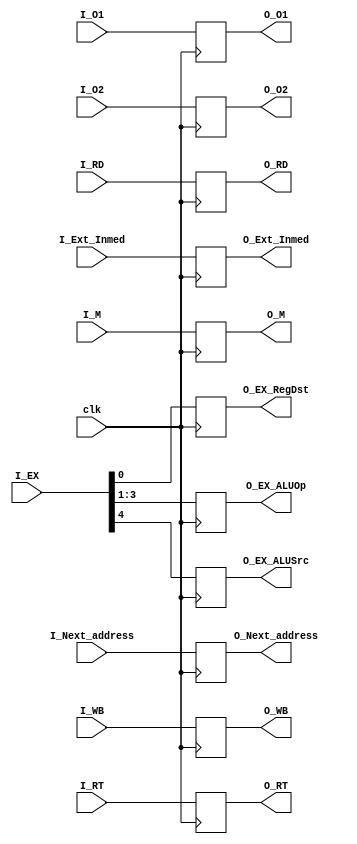
//BUFFER 2: ID/EX
module IDEX(
input clk,
input [1:0]I_WB,
input [2:0]I_M,
input [4:0]I_EX,
input [31:0]I_Next_address,
input [31:0]I_O1,
input [31:0]I_O2,
input [31:0]I_Ext_Inmed,
input [4:0]I_RT,
input [4:0]I_RD,
output reg [1:0]O_WB,
output reg [2:0]O_M,
output reg O_EX_RegDst,
output reg [2:0]O_EX_ALUOp,
output reg O_EX_ALUSrc,
output reg [31:0]O_Next_address,
output reg [31:0]O_O1,
output reg [31:0]O_O2,
output reg [31:0]O_Ext_Inmed,
output reg [4:0]O_RT,
output reg [4:0]O_RD);

always @(posedge clk)
begin
	O_WB=I_WB;
	O_M=I_M;
	O_EX_RegDst=I_EX[0];
	O_EX_ALUOp=I_EX[3:1];
	O_EX_ALUSrc=I_EX[4];
	O_Next_address=I_Next_address;
	O_O1=I_O1;
	O_O2=I_O2;
	O_Ext_Inmed=I_Ext_Inmed;
	O_RT=I_RT;
	O_RD=I_RD;
end

endmodule